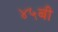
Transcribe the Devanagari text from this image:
४५बी